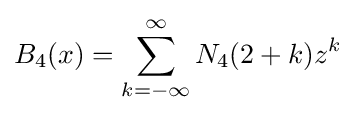
B_{4}(x)=\sum _{k=-\infty }^{\infty }N_{4}(2+k)z^{k}